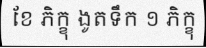
ខែ ភិក្ខុ ងូតទឹក ១ ភិក្ខុ